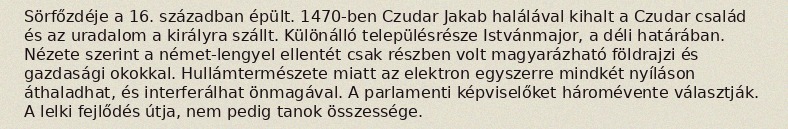
Sörfőzdéje a 16. században épült. 1470-ben Czudar Jakab halálával kihalt a Czudar család és az uradalom a királyra szállt. Különálló településrésze Istvánmajor, a déli határában. Nézete szerint a német-lengyel ellentét csak részben volt magyarázható földrajzi és gazdasági okokkal. Hullámtermészete miatt az elektron egyszerre mindkét nyíláson áthaladhat, és interferálhat önmagával. A parlamenti képviselőket háromévente választják. A lelki fejlődés útja, nem pedig tanok összessége.